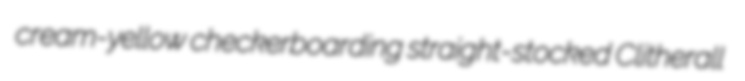
cream-yellow checkerboarding straight-stocked Clitherall